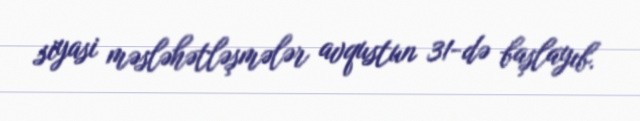
siyasi məsləhətləşmələr avqustun 31-də başlayıb.